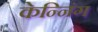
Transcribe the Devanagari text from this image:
केन्निंग